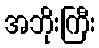
အဘိုးကြီး